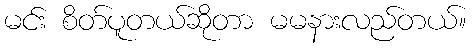
မင်း စိတ်ပူတယ်ဆိုတာ မမနားလည်တယ်။